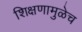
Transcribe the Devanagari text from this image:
शिक्षणामुळेच